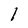
Character: l